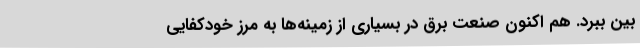
بین ببرد. هم اکنون صنعت برق در بسیاری از زمینه‌ها به مرز خودکفایی